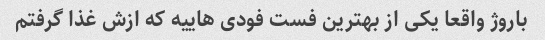
باروژ واقعا یکی از بهترین فست فودی هاییه که ازش غذا گرفتم